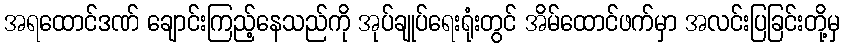
အရထောင်ဒဏ် ချောင်းကြည့်နေသည်ကို အုပ်ချုပ်ရေးရုံးတွင် အိမ်ထောင်ဖက်မှာ အလင်းပြခြင်းတို့မှ